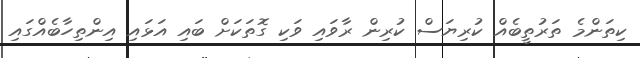
ކިތަންމެ ތަރުތީބެއް ކުރިޔަސް ކުރިން ރާވައި ވަކި ގޮތަކަށް ބައި އަޅައި އިންތިހާބެއްގައި